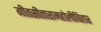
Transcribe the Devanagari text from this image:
गीतसीतारामहोलीविहार